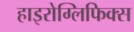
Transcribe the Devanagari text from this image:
हाइरोग्लिफिक्स